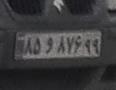
۸۵و۸۷۶۹۹